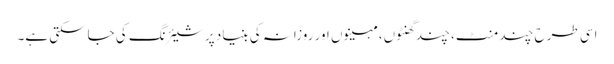
اسی طرح چند منٹ، چند گھنٹوں، مہینوں اور روزانہ کی بنیاد پر شیئرنگ کی جاسکتی ہے۔